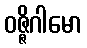
ဝဇ္ဇိဂါမော